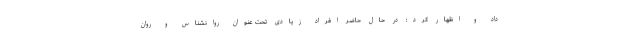
داد و اظهار کرد: در حال حاضر افراد زیادی تحت عنوان روانشناس و روان